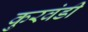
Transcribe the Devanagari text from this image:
कुरवंडी